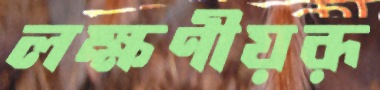
লক্ষণীয়রূ